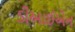
ડીઆઈએન